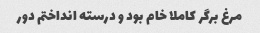
مرغ برگر کاملا خام بود و درسته انداختم دور